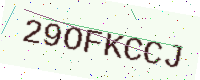
Text: 29OFKCCJ